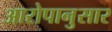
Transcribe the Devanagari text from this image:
आरोपानुसार